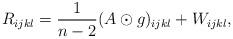
LaTeX: \begin{align*} R_{ijkl}=\frac{1}{n-2}(A\odot g)_{ijkl}+W_{ijkl},\end{align*}